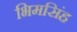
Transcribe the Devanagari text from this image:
भिमसिंह